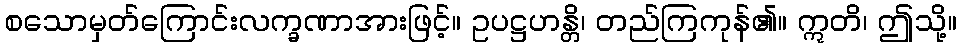
စသောမှတ်ကြောင်းလက္ခဏာအားဖြင့်။ ဥပဋ္ဌဟန္တိ၊ တည်ကြကုန်၏။ ဣတိ၊ ဤသို့။